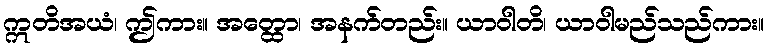
ဣတိအယံ၊ ဤကား။ အတ္ထော၊ အနက်တည်း။ ယာဝါတိ၊ ယာဝါမည်သည်ကား။